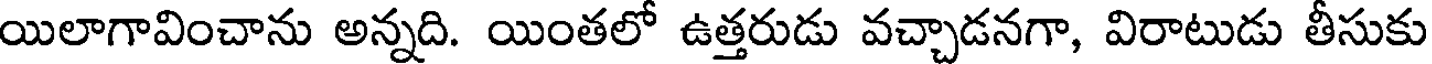
యిలాగావించాను అన్నది. యింతలో ఉత్తరుడు వచ్చాడనగా, విరాటుడు తీసుకు